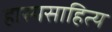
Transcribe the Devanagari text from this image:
हास्यसाहित्य